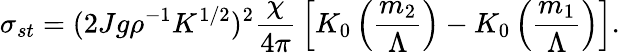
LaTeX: \sigma_{st}=(2Jg\rho^{-1}K^{1/2})^{2}{\frac{\chi}{4\pi}}\left[K_{0}\left({\frac{m_{2}}{\Lambda}}\right)-K_{0}\left({\frac{m_{1}}{\Lambda}}\right)\right].